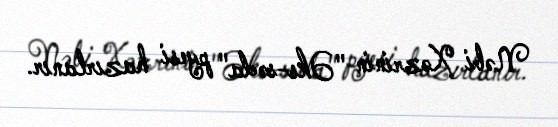
Nəbi Xəzrinin "Əks-səda" pyesi hazırlanır.